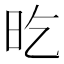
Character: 㫓